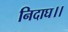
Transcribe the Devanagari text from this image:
निदाघ।।